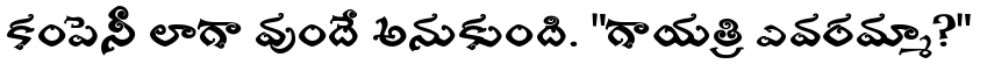
కంపెనీ లాగా వుందే అనుకుంది. "గాయత్రి ఎవరమ్మా?"